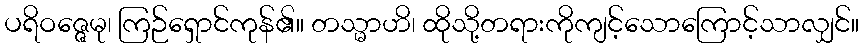
ပရိဝဇ္ဇေမု၊ ကြဉ်ရှောင်ကုန်၏။ တသ္မာဟိ၊ ထိုသို့တရားကိုကျင့်သောကြောင့်သာလျှင်။